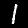
Digit: 1